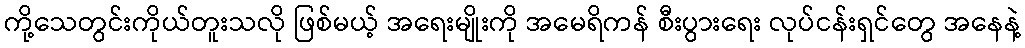
ကို့သေတွင်းကိုယ်တူးသလို ဖြစ်မယ့် အရေးမျိုးကို အမေရိကန် စီးပွားရေး လုပ်ငန်းရှင်တွေ အနေနဲ့